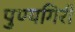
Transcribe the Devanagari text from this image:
पुण्यगिरी